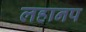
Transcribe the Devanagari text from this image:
लहानप